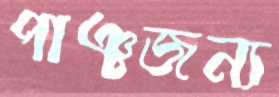
পাঞ্চজন্য